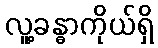
လူ့ခန္ဓာကိုယ်ရှိ